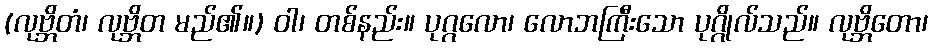
(လုဗ္ဘိတံ၊ လုဗ္ဘိတ မည်၏။) ဝါ၊ တစ်နည်း။ ပုဂ္ဂလော၊ လောဘကြီးသော ပုဂ္ဂိုလ်သည်။ လုဗ္ဘိတော၊